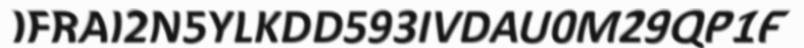
IFRAI2N5YLKDD593IVDAU0M29QP1F